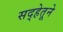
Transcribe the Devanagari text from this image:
सद्‍हेतूने